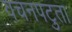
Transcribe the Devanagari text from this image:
वचनपटुता